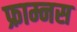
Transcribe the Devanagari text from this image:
फ्राम्नस